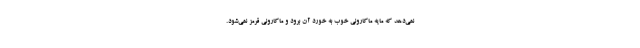
نمی‌دهد که مایه ماکارونی خوب به خورد آن برود و ماکارونی قرمز نمی‌شود.